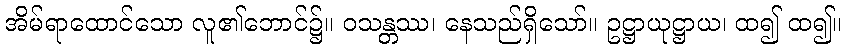
အိမ်ရာထောင်သော လူ၏ဘောင်၌။ ဝသန္တဿ၊ နေသည်ရှိသော်။ ဥဋ္ဌာယုဋ္ဌာယ၊ ထ၍ ထ၍။